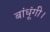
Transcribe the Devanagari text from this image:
बांधूंगी।